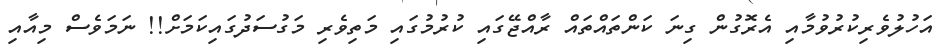
އަހުލުވެރިކުރުވުމާއި އެރޮގުން ގިނަ ކަންތައްތައް ރާއްޖޭގައި ކުރުމުގައި މަތިވެރި މަގުސަދުގައިކަމަށް!! ނަމަވެސް މިއާއި